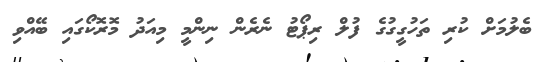
ބެލުމަށް ކުރި ތަހުގީގުގެ ފުލް ރިޕޯޓު ނެރެން ނިންމީ މިއަދު މޮރޮކޯގައި ބޭއްވި